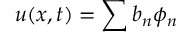
u ( x , t ) = \sum b _ { n } \phi _ { n }